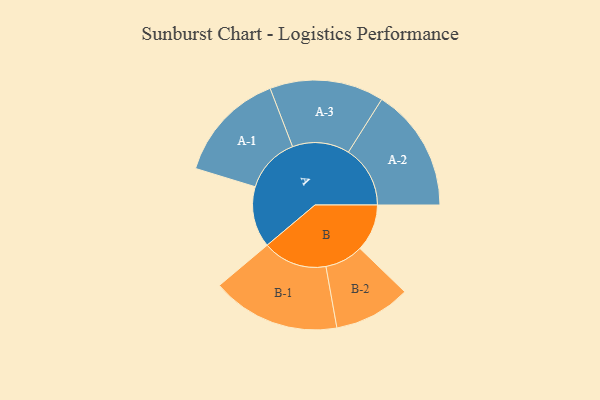
{"axis": {"x": "Segment", "y": "Value"}, "legend": ["", "A", "B"], "data": [{"x": "A", "y": 245, "type": ""}, {"x": "B", "y": 189, "type": ""}, {"x": "A-1", "y": 223, "type": "A"}, {"x": "A-2", "y": 248, "type": "A"}, {"x": "A-3", "y": 229, "type": "A"}, {"x": "B-1", "y": 258, "type": "B"}, {"x": "B-2", "y": 154, "type": "B"}]}